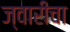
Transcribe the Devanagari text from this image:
ज्वारीचा